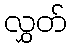
လွှတ်